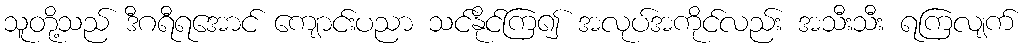
သူတို့သည် ဒီဂရီရအောင် ကျောင်းပညာ သင်နိုင်ကြ၍ အလုပ်အကိုင်လည်း အသီးသီး ရကြလျက်